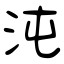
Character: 沌